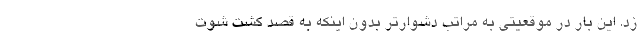
زد. این بار در موقعیتی به مراتب دشوارتر بدون اینکه به قصد کُشت شوت